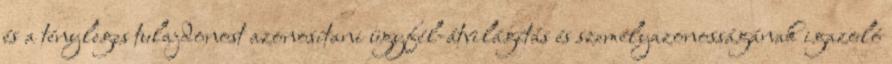
és a tényleges tulajdonost azonosítani ügyfél-átvilágítás és személyazonosságának igazoló